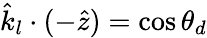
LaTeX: \hat{k}_{l}\cdot(-\hat{z})=\cos\theta_{d}